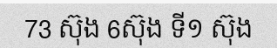
73 ស៊ុង 6ស៊ុង ទី១ ស៊ុង